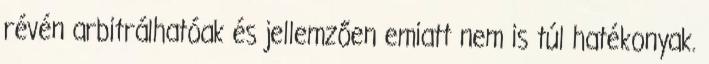
révén arbitrálhatóak és jellemzően emiatt nem is túl hatékonyak.